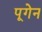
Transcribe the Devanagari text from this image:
पूगेन